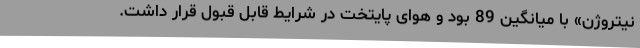
نیتروژن» با میانگین 89 بود و هوای پایتخت در شرایط قابل قبول قرار داشت.